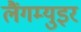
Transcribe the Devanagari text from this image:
लैंगम्युइर